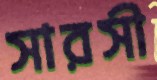
সারসী